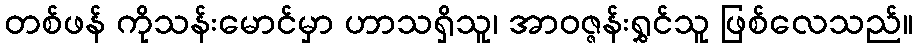
တစ်ဖန် ကိုသန်းမောင်မှာ ဟာသရှိသူ၊ အာဝဇ္ဇန်းရွှင်သူ ဖြစ်လေသည်။